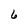
Character: 6